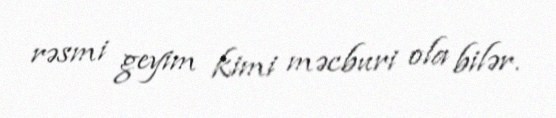
rəsmi geyim kimi məcburi ola bilər.